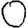
Digit: 0